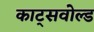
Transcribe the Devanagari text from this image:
काट्सवोल्ड